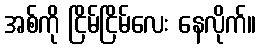
အစ်ကို ငြိမ်ငြိမ်လေး နေလိုက်။